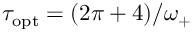
\tau _ { \mathrm { o p t } } = ( 2 \pi + 4 ) / \omega _ { + }